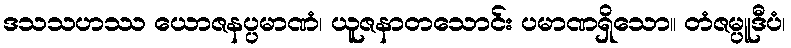
ဒသသဟဿ ယောဇနပ္ပမာဏံ၊ ယူဇနာတသောင်း ပမာဏရှိသော။ တံဇမ္ပူဒီပံ၊